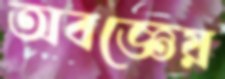
অবজ্ঞেয়